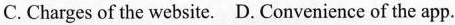
C.Charges of the website. D. Convenience of the app.